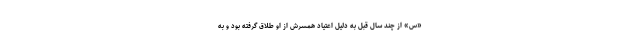
«س» از چند سال قبل به دلیل اعتیاد همسرش از او طلاق گرفته بود و به